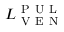
L _ { \mathrm { ~ V ~ E ~ N ~ } } ^ { \mathrm { ~ P ~ U ~ L ~ } }